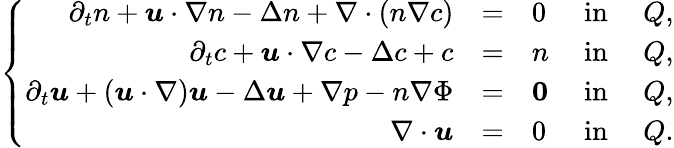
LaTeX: \left\{ \begin{array}{rclcc}{\displaystyle\partial_{t}n+{\boldsymbol u}\cdot\nabla n-\Delta n+\nabla\cdot(n\nabla c)}&{=}&{0}&{\mathrm{~in~}}&{Q,}\\ {\displaystyle\partial_{t}c+{\boldsymbol u}\cdot\nabla c-\Delta c+c}&{=}&{n}&{\mathrm{~in~}}&{Q,}\\ {\partial_{t}{\boldsymbol u}+({\boldsymbol u}\cdot\nabla){\boldsymbol u}-\Delta{\boldsymbol u}+\nabla p-n\nabla\Phi}&{=}&{\boldsymbol{0}}&{\mathrm{~in~}}&{Q,}\\ {\nabla\cdot{\boldsymbol u}}&{=}&{0}&{\mathrm{~in~}}&{Q.}\end{array}\right.